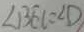
\angle B E C = \angle D